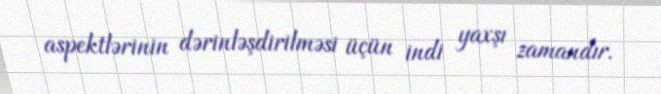
aspektlərinin dərinləşdirilməsi üçün indi yaxşı zamandır.